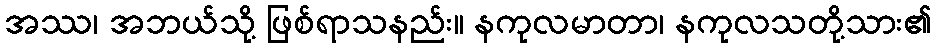
အဿ၊ အဘယ်သို့ ဖြစ်ရာသနည်း။ နကုလမာတာ၊ နကုလသတို့သား၏